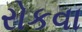
રોકવા